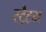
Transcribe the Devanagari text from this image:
स्ट्रैटम